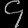
Digit: ၄